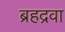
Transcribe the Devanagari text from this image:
ब्रहद्रवा